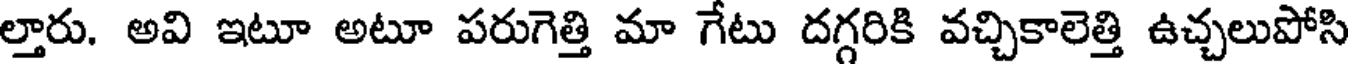
ల్తారు. అవి ఇటూ అటూ పరుగెత్తి మా గేటు దగ్గరికి వచ్చికాలెత్తి ఉచ్చలుపోసి